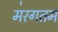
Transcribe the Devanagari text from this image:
म॑रगतम